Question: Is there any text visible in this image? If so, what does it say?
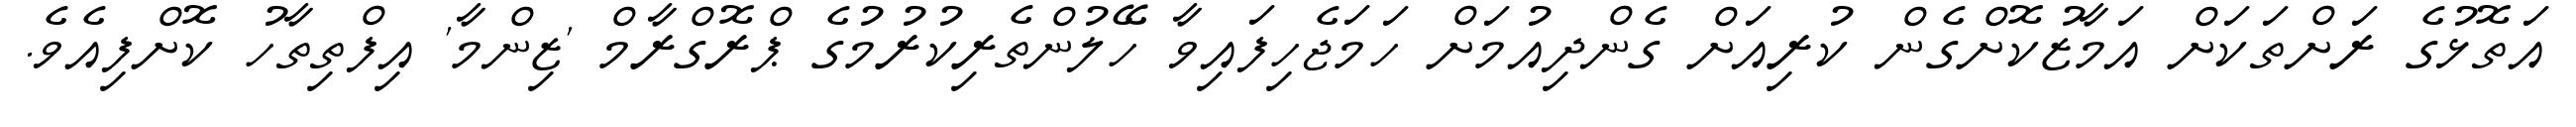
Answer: އަތޮޅުގެ ރަށްތަކަށް އަމާޒުކޮށްގެން ކުރިއަށް ގެންދިއުމަށް ހަމަޖެހިފައިވާ ހޭލުންތެރިކުރުމުގެ ޕްރޮގްރާމް 'ޒިންމާ' އިފްތިތާހު ކޮށްފިއެވެ.